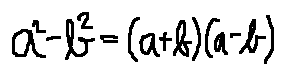
a ^ { 2 } - b ^ { 2 } = ( a + b ) ( a - b )